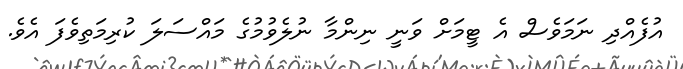
އުފެއްދި ނަމަވެސް އެ ޓީމަށް ވަނީ ނިންމާ ނުލެވުމުގެ މައްސަލަ ކުރިމަތިވެފަ އެވެ.